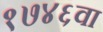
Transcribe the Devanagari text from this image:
१७४६वा